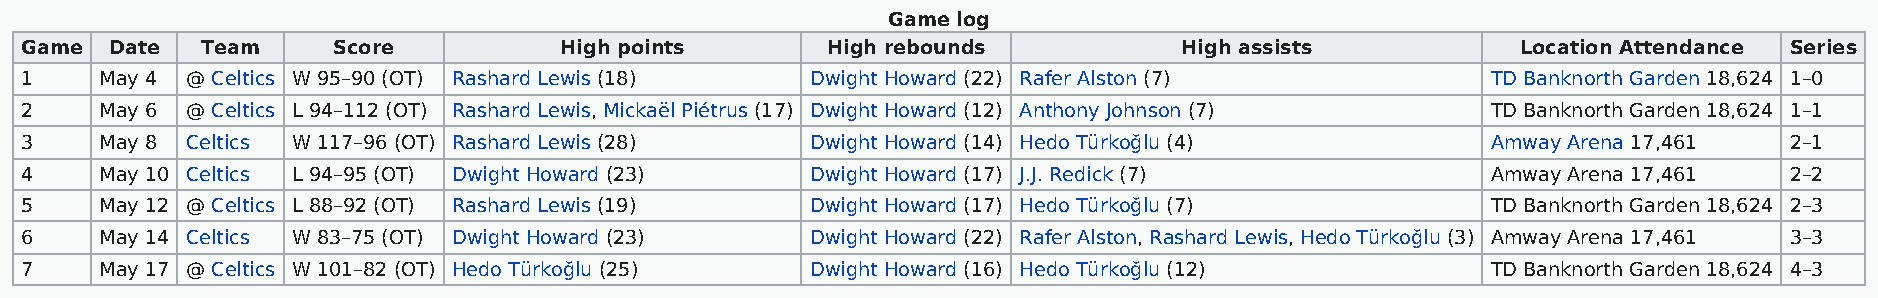
Game log
 Game  Date  Team     Score          High points       High rebounds          High assists           Location Attendance Series
 1     May 4 @ Celtics W 95–90 (OT) Rashard Lewis (18) Dwight Howard (22) Rafer Alston (7)         TD Banknorth Garden 18,624 1–0
 2     May 6 @ Celtics L 94–112 (OT) Rashard Lewis, Mickaël Piétrus (17) Dwight Howard (12) Anthony Johnson (7) TD Banknorth Garden 18,624 1–1
 3     May 8 Celtics W 117–96 (OT) Rashard Lewis (28) Dwight Howard (14) Hedo Türkoğlu (4)         Amway Arena 17,461 2–1
 4     May 10 Celtics L 94–95 (OT) Dwight Howard (23) Dwight Howard (17) J.J. Redick (7)           Amway Arena 17,461 2–2
 5     May 12 @ Celtics L 88–92 (OT) Rashard Lewis (19) Dwight Howard (17) Hedo Türkoğlu (7)       TD Banknorth Garden 18,624 2–3
 6     May 14 Celtics W 83–75 (OT) Dwight Howard (23) Dwight Howard (22) Rafer Alston, Rashard Lewis, Hedo Türkoğlu (3) Amway Arena 17,461 3–3
 7     May 17 @ Celtics W 101–82 (OT) Hedo Türkoğlu (25) Dwight Howard (16) Hedo Türkoğlu (12)     TD Banknorth Garden 18,624 4–3